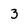
Character: 3